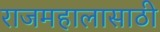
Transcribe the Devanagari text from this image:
राजमहालासाठी